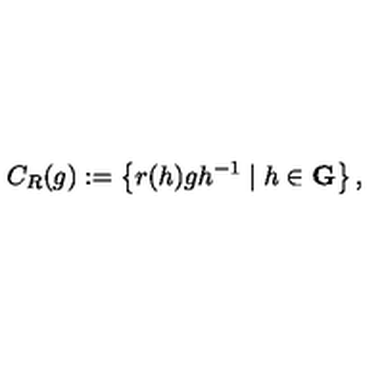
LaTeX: C _ { R } ( g ) : = \left\{ r ( h ) g h ^ { - 1 } \mid h \in \mathbf { G } \right\} ,